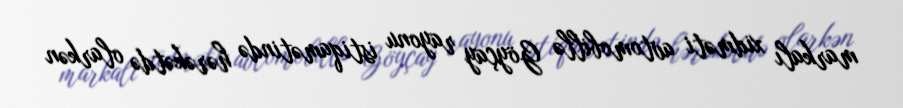
markalı xidməti avtomobillə Göyçay rayonu istiqamətində hərəkətdə olarkən